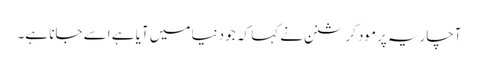
آچاریہ پرمود کرشنن نے کہا کہ جو دنیا میں آیا ہے اسے جانا ہے۔